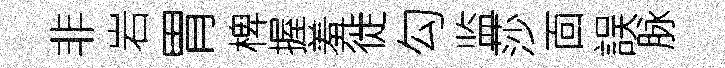
非岩胃椑握羞徙勾监莎靣誤脉